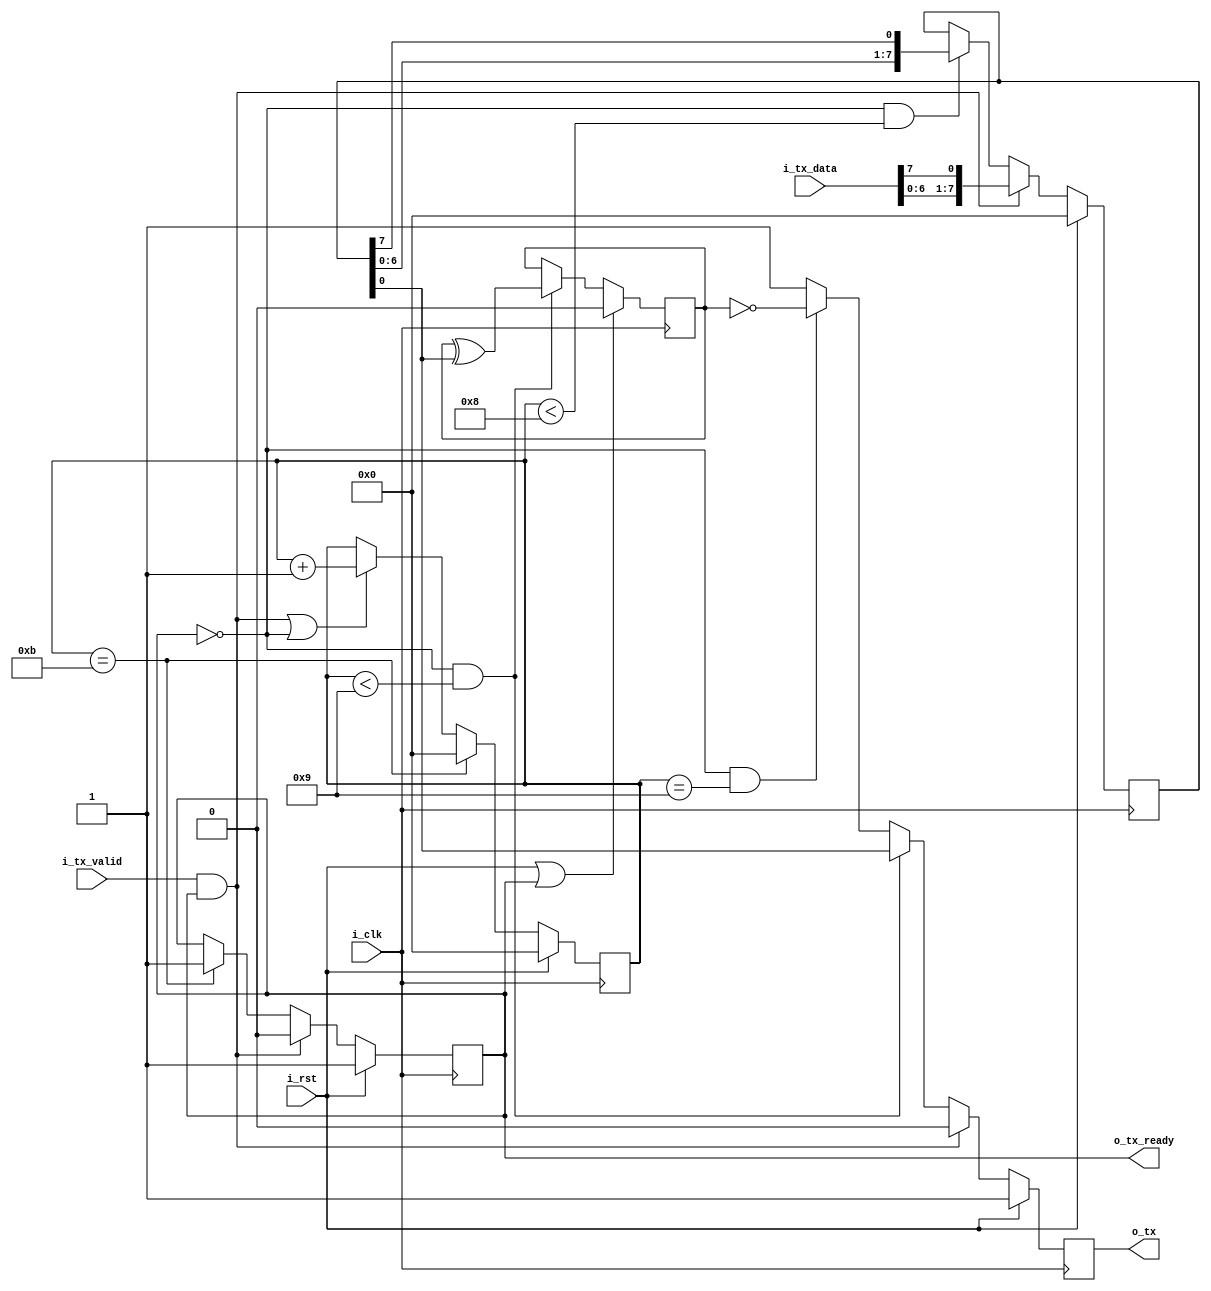
`timescale 1ns / 1ps
//////////////////////////////////////////////////////////////////////////////////
// Company: 
// Engineer: 
// 
// Design Name: 
// Module Name: uart_tx
// Project Name: 
// Target Devices: 
// Tool Versions: 
// Description: 
// 
// Dependencies: 
// 
// Revision:
// Revision 0.01 - File Created
// Additional Comments:
// 
//////////////////////////////////////////////////////////////////////////////////

// start 1b
// data  8b
// check 1b
// stop  1b

module uart_tx#(
    parameter       buad_rate        =   9600,
    parameter       clk_rate         =   50_000_000,
    parameter       uart_data_width  =   8   ,   // 8b
    parameter       check            =   1   ,   // 0: no check, 1: odd check, 2: even check
    parameter       stop_width       =   1
)(
    input           i_clk,
    input           i_rst,
    input [uart_data_width-1 : 0]   i_tx_data,
    
    input           i_tx_valid,
    output          o_tx_ready,
    output          o_tx
);


reg [uart_data_width-1 : 0]     ri_tx_data  ;
reg [7 : 0]                     r_cnt       ;
reg                             ro_tx_ready ;
reg                             ro_tx       ;
reg                             r_check     ;


wire                            w_active    ;

assign      o_tx_ready  =       ro_tx_ready;
assign      o_tx        =       ro_tx      ;
assign      w_active    =       (i_tx_valid & ro_tx_ready);    // 


localparam  tx_data_width = (check == 0) ? uart_data_width + stop_width+1 
                                         : uart_data_width + stop_width+2;


always@(posedge i_clk)
begin
    if(i_rst)
        ro_tx_ready <= 1'b1;
    else if(w_active)
        ro_tx_ready <= 1'b0;
    else if(r_cnt == tx_data_width)
        ro_tx_ready <= 1'b1;
    else
        ro_tx_ready <= ro_tx_ready;
end

always@(posedge i_clk)
begin
    if(i_rst)
        r_cnt <= 'd0;    
    else if(r_cnt == tx_data_width)
        r_cnt <= 'd0;
    else if(w_active || !ro_tx_ready)       // 
        r_cnt <= r_cnt + 1;
end

always@(posedge i_clk)
begin
    if(i_rst)
        ro_tx <= 1'b1;
    else if(w_active)
        ro_tx <= 1'b0;
    else if(!ro_tx_ready && r_cnt < uart_data_width + 1)
        ro_tx <= ri_tx_data[0];
    else if(!ro_tx_ready && check > 0 && r_cnt == tx_data_width - stop_width-1)
        ro_tx <= (check == 2)? r_check : ~r_check;
    else if(!ro_tx_ready && r_cnt >= tx_data_width - stop_width)
        ro_tx <= 1'b1;
    else
        ro_tx <= 1'b1;
end

always@(posedge i_clk)
begin
    if(i_rst)
        ri_tx_data <= 'd0;
    else if(w_active)
        ri_tx_data <= {i_tx_data[uart_data_width-2:0], i_tx_data[uart_data_width-1]};
    else if(!ro_tx_ready && r_cnt < uart_data_width)
        ri_tx_data <= {ri_tx_data[uart_data_width-2:0], ri_tx_data[uart_data_width-1]}; // 
    else 
        ri_tx_data <= ri_tx_data;
end

always@(posedge i_clk)
begin
    if(i_rst || ro_tx_ready)
        r_check <= 'd0;
    else if(!ro_tx_ready && check > 0 && r_cnt < uart_data_width + 1)
        r_check <= r_check ^ ri_tx_data[0];                             // 
    else
        r_check <= r_check;
end


endmodule